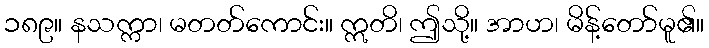
၁၈၉။ နသက္ကာ၊ မတတ်ကောင်း။ ဣတိ၊ ဤသို့။ အာဟ၊ မိန့်တော်မူ၏။